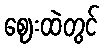
ဈေးထဲတွင်